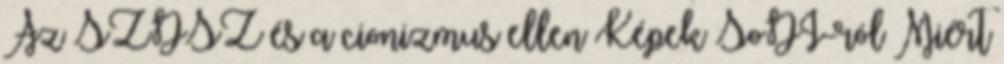
Az SZDSZ és a cionizmus ellen Képek SoDI-ról Miért